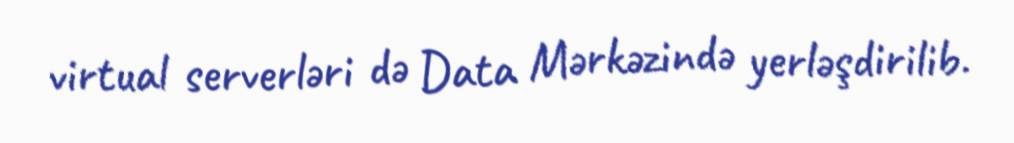
virtual serverləri də Data Mərkəzində yerləşdirilib.